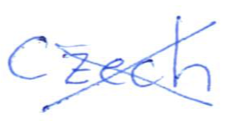
Text: Czech
Cross-out: cross
Writing tool: ballpoint